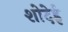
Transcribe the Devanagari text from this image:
शोदेई